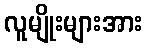
လူမျိုးများအား